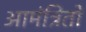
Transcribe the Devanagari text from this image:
आमंत्रितों